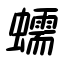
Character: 蠕